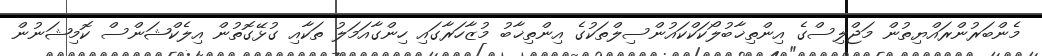
މެންބަރުންރައްޔިތުން މަޖްލިސްގެ އިންތިޚާބުލޯކަކްކައުންސިލްތަކުގެ އިންތިޚާބު މުޒާހަރާގައި ހިންގާއަމަލު ތަކާއި ގުޅޭގޮތުން އިލެކްޝަންސް ކޮމިޝަނުން